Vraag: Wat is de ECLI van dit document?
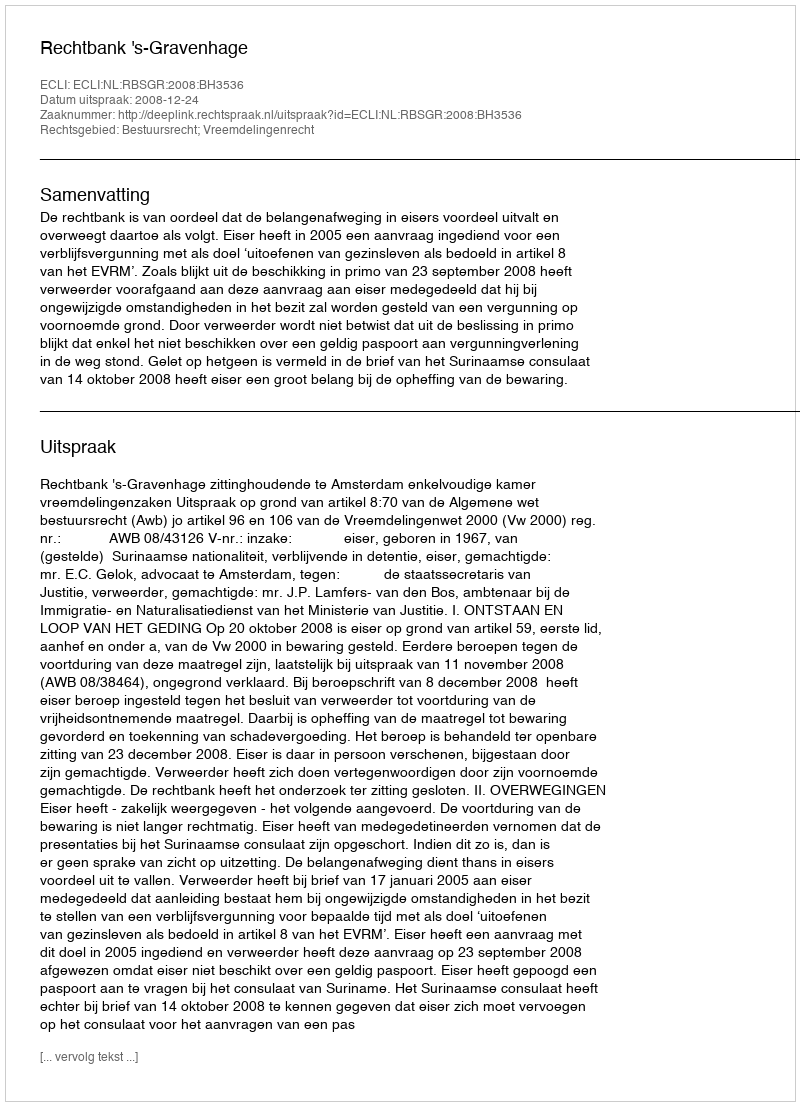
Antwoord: ECLI:NL:RBSGR:2008:BH3536